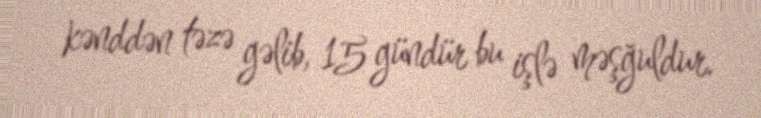
kənddən təzə gəlib, 15 gündür bu işlə məşğuldur.